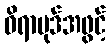
ဓိရာပုဒ်အဖွင့်